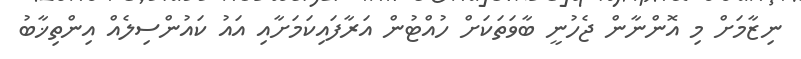
ނިޒާމަށް މި އޮންނާން ޖެހުނީ ބާވަތަކަށް ހުއްޓުން އަރާފައިކަމަށާއި އައު ކައުންސިލެއް އިންތިޚާބު